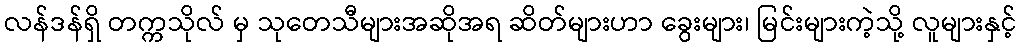
လန်ဒန်ရှိ တက္ကသိုလ် မှ သုတေသီများအဆိုအရ ဆိတ်များဟာ ခွေးများ၊ မြင်းများကဲ့သို့ လူများနှင့်